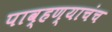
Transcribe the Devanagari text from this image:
पाव्हण्याचंच